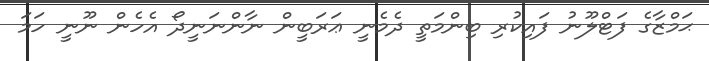
ޙަމްޒާގެ ފަޓްލޫނު ފައިކުރި ބިންމަތީ ދެމެނީ ޢަރަބީން ނާންނަނީދޯ އެހެން ނޫނީ ހަމަ